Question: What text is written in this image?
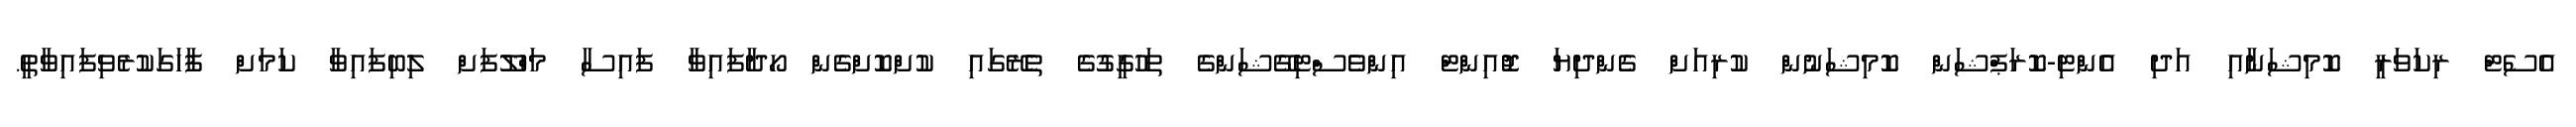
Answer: އެސެޓް ރިކަވަރީ ކޮމިޝަނާއި އަދި އެންޓި-ކޮރަޕްޝަން ކޮމިޝަނުން ކުރިއަށް ގެންދިޔަ ޖޮއިންޓް އިންވެސްޓިގޭޝަންގެ ތަހުގީގުގެ ތެރޭގައި ކުށްކޮށްގެން ހޯދާފައިވާ ފައިސާ މަހްލޫފަށް ލިބިފައިވާ ކަމަށް ފާހަގަކުރެވިފައިވާތީ.